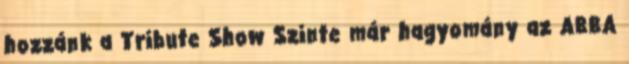
hozzánk a Tribute Show Szinte már hagyomány az ABBA